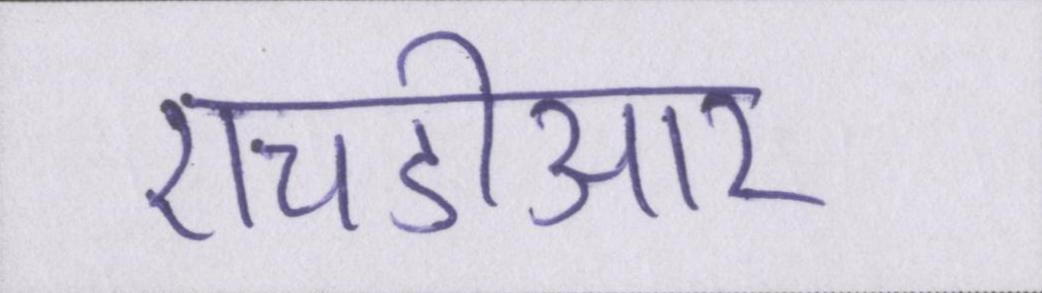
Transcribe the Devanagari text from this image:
एचडीआर